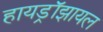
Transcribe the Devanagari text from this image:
हायड्रॉझायल